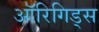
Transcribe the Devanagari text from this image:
ऑरिगिड्स